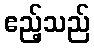
ဧည့်သည်